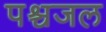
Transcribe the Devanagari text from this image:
पश्चजल